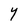
Character: Y